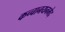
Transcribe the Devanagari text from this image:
कच्चानयनभेद